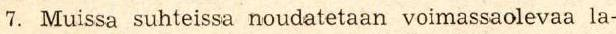
7. Muissa suhteissa noudatetaan voimassaolevaa la-